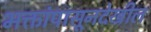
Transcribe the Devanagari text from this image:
भक्तांपासूनदेखील